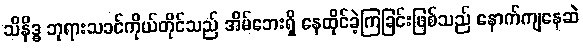
သိနိဒ္ဓ ဘုရားသခင်ကိုယ်တိုင်သည် အိမ်ဘေးရှိ နေထိုင်ခဲ့ကြခြင်းဖြစ်သည် နောက်ကျနေဆဲ